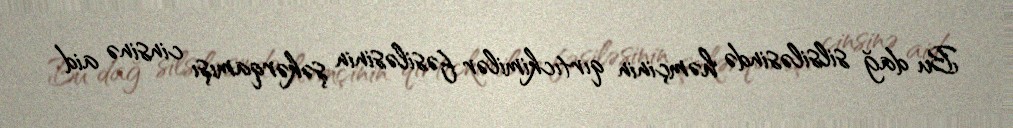
Bu dağ silsiləsində həmçinin qırtıckimilər fəsiləsinin şəkərqamışı cinsinə aid